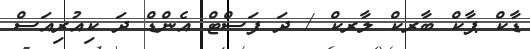
ޑާކް ޕާކް ބާރކް ލާރކް / ދަ ފަސްޓް އެންޑް ދަ ކިއުރިއަސް